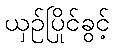
ယှဉ်ပြိုင်ခွင့်